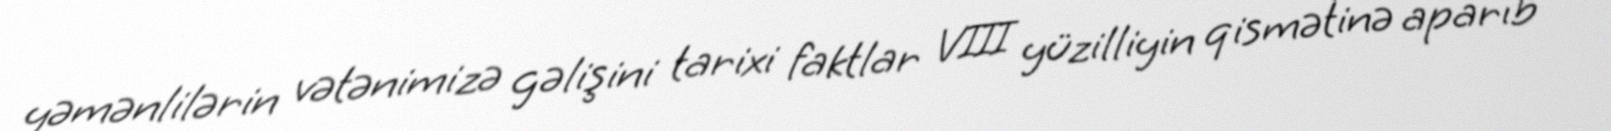
yəmənlilərin vətənimizə gəlişini tarixi faktlar VIII yüzilliyin qismətinə aparıb